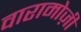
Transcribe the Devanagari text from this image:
वारामोज़ी